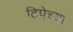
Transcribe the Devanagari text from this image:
टिपेच्या